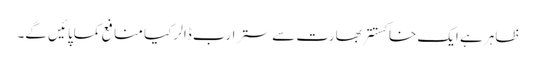
ظاہر ہے ایک خاکستتر بھارت سے ستر ارب ڈالر کیا منافع کماپائیں گے۔